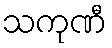
သကုဏီ